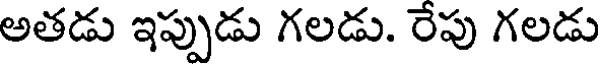
అతడు ఇప్పుడు గలడు. రేపు గలడు